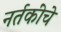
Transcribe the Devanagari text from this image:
नर्तकींचे